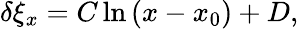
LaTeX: \begin{array}{r}{\delta\xi_{x}=C\ln\left(x-x_{0}\right)+D,}\end{array}